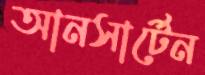
আনসার্টেন